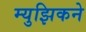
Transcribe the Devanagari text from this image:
म्युझिकने